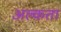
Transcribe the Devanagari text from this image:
अल्कता